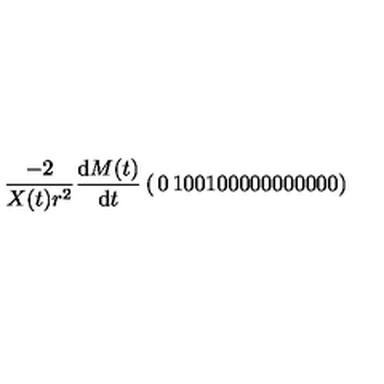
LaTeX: \frac { - 2 } { X ( t ) r ^ { 2 } } \frac { \mathrm { d } M ( t ) } { \mathrm { d } t } \left( \begin{matrix} { 0 } & { 1 } & { 0 } & { 0 } \\ { 1 } & { 0 } & { 0 } & { 0 } \\ { 0 } & { 0 } & { 0 } & { 0 } \\ { 0 } & { 0 } & { 0 } & { 0 } \\ \end{matrix} \right)